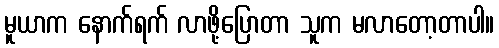
မူယာက နောက်ရက် လာဖို့ပြောတာ သူက မလာတော့တာပါ။